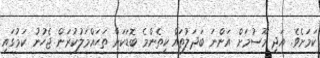
ކަމަށެވެ. އަދި މޫސުމަށް އަންނަ ބަދަލުތައް ކިތެންމެ ބޮޑަކަށް ތަހައްމަލުކުރަން ޖެހުނު ކަމުގައި